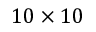
1 0 \times 1 0